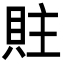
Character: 䝬